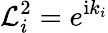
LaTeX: \mathcal{L}_{i}^{2}=e^{\mathrm{i}k_{i}}